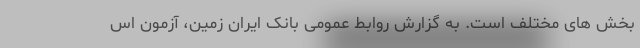
بخش های مختلف است. به گزارش روابط عمومی بانک ایران زمین، آزمون اس